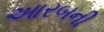
આરબની